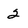
Character: 2